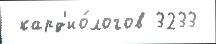
 кард'ио́логов 3233